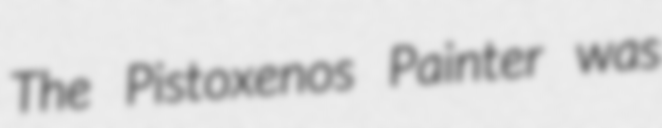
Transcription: The Pistoxenos Painter was